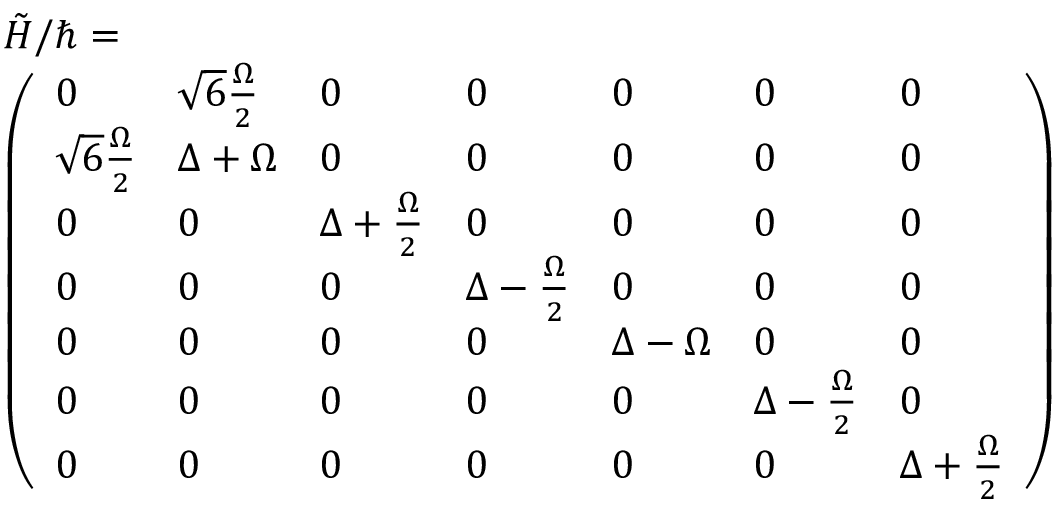
\begin{array} { r l } & { \tilde { H } / \hbar = } \\ & { \left( \begin{array} { l l l l l l l } { 0 } & { \sqrt { 6 } \frac { \Omega } { 2 } } & { 0 } & { 0 } & { 0 } & { 0 } & { 0 } \\ { \sqrt { 6 } \frac { \Omega } { 2 } } & { \Delta + \Omega } & { 0 } & { 0 } & { 0 } & { 0 } & { 0 } \\ { 0 } & { 0 } & { \Delta + \frac { \Omega } { 2 } } & { 0 } & { 0 } & { 0 } & { 0 } \\ { 0 } & { 0 } & { 0 } & { \Delta - \frac { \Omega } { 2 } } & { 0 } & { 0 } & { 0 } \\ { 0 } & { 0 } & { 0 } & { 0 } & { \Delta - \Omega } & { 0 } & { 0 } \\ { 0 } & { 0 } & { 0 } & { 0 } & { 0 } & { \Delta - \frac { \Omega } { 2 } } & { 0 } \\ { 0 } & { 0 } & { 0 } & { 0 } & { 0 } & { 0 } & { \Delta + \frac { \Omega } { 2 } } \end{array} \right) } \end{array}